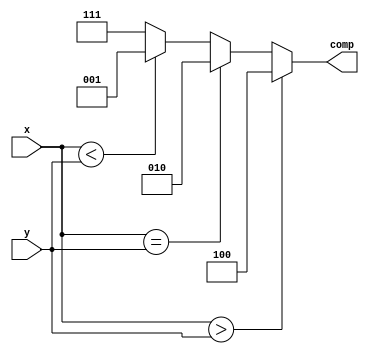
`timescale 1ns / 1ps
//////////////////////////////////////////////////////////////////////////////////
// Company: 
// Engineer: 
// 
// Design Name: 
// Module Name: N_bit_comparator
// Project Name: 
// Target Devices: 
// Tool Versions: 
// Description: 
// 
// Dependencies: 
// 
// Revision:
// Revision 0.01 - File Created
// Additional Comments:
// 
//////////////////////////////////////////////////////////////////////////////////


module N_bit_comparator(comp,x,y);

parameter N=4;
input [N-1:0]x,y;
output reg [2:0] comp;

initial
comp = 3'b0;

always @ (x or y)
if (x>y) comp = 3'b100;
else if(x==y) comp = 3'b010;
else if(x<y) comp = 3'b001;
else comp = 3'b111;



endmodule